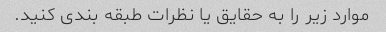
موارد زیر را به حقایق یا نظرات طبقه بندی کنید.